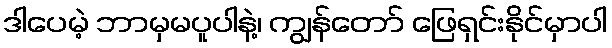
ဒါပေမဲ့ ဘာမှမပူပါနဲ့၊ ကျွန်တော် ဖြေရှင်းနိုင်မှာပါ